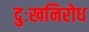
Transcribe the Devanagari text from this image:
दुःखनिरोध